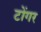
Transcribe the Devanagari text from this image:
टोंगर